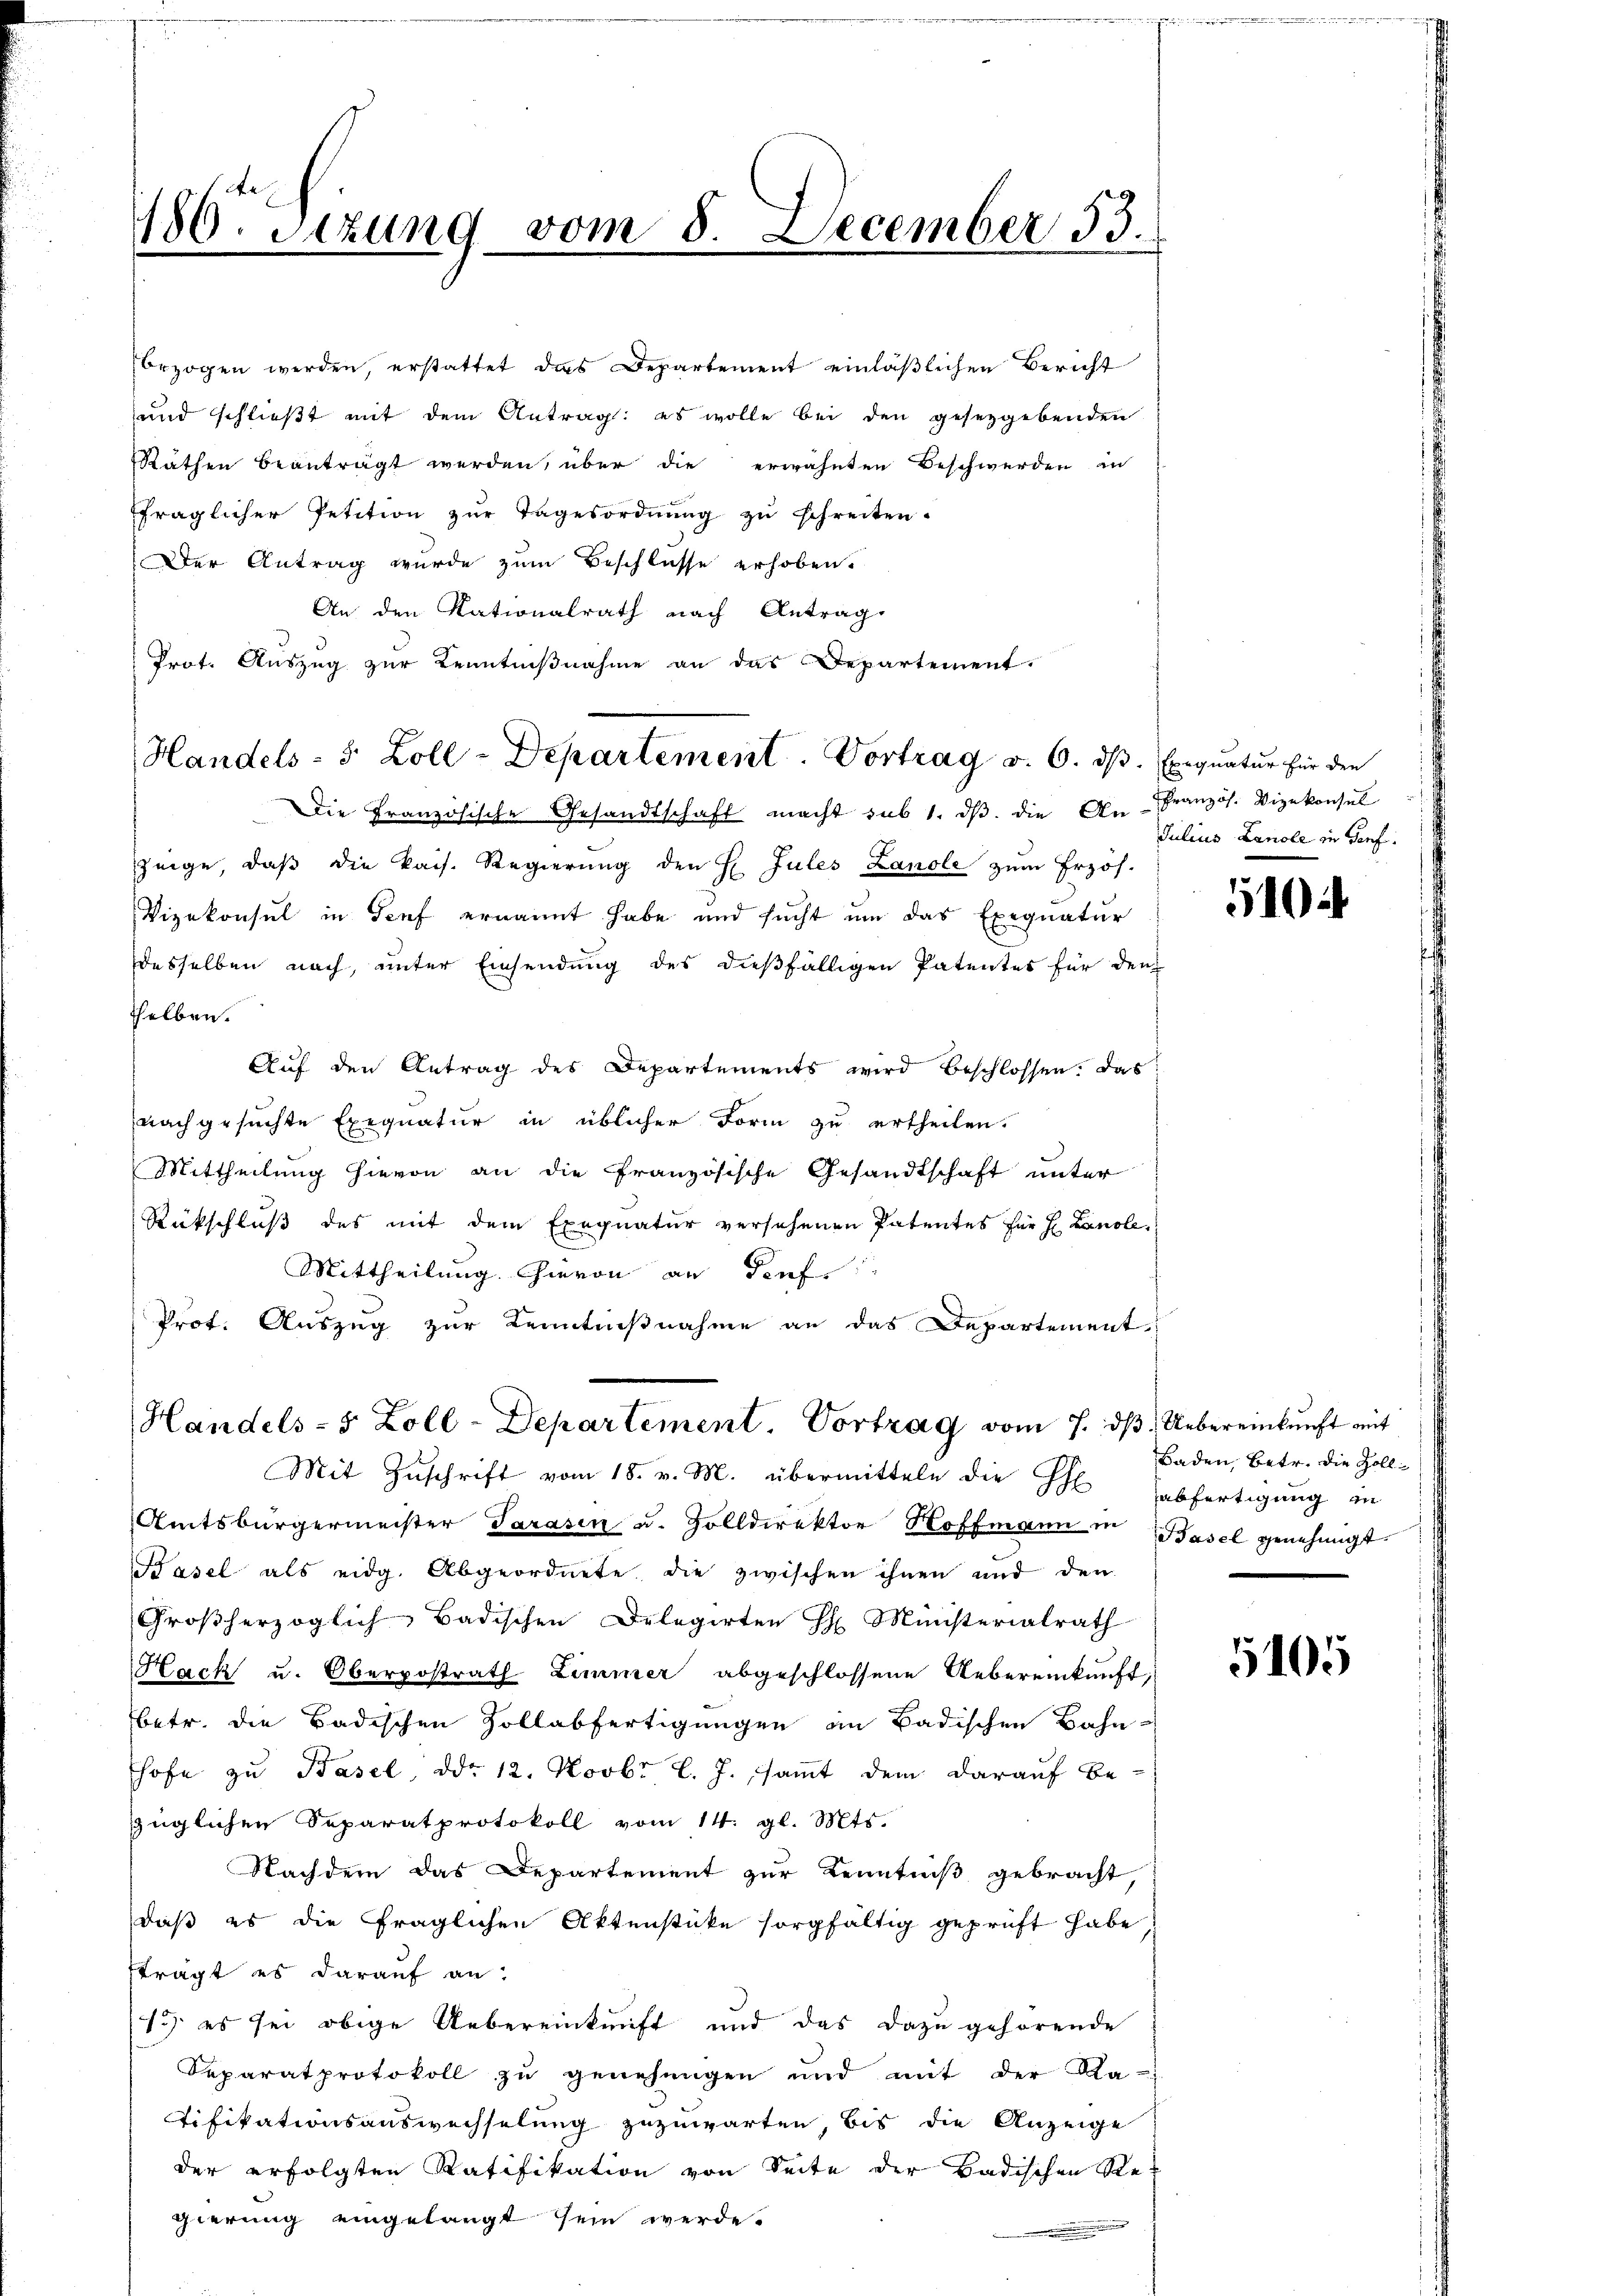
180. Setzung vom 8. December 53.

brzogen werden, erstattet das Departement einläßlichen Bericht
und schließt mit dem Antrag: es wolle bei den gesetzgebenden
Räthen beanträgt werden, über die erwähnten Beschwerden in
fraglicher Petition zŭr Tagesordnŭng zŭ schreiten.
Der Antrag wurde zum Beschlusse erhoben.
An den Nationalrath nach Antrag
Prot. Auszug zur Kenntnißnahme an das Departement.
Die Französische Gesandtschaft macht sub 1. dβ. die An-Französ. Vizekonsul
zeige, daβ die kais. Regierŭng den H. Jules Lanole zum Erzös.
Vizekonsul in Genf ernannt habe und sucht um das Exequatur
desselben nach, unter Einsendung des dießfälligen Patentes für den
helben.
Auf den Antrag des Departements wird beschlossen. Das
nachgesuchte Exequatur in üblicher Form zu ertheilen.
Mittheilung hievon an die französische Gesandtschaft unter
Rückschluß des mit dem Exequatur versehenen Patentes für H. Landle.
Mittheilung hievon an dief
Prot. Auszug zur Kenntnißnahme an das Departement
Handels- 5 Zoll-Departement. Vortrag vom 7. dβ. Uebereinkunft mit
Mit Zuschrift vom 18. v. M. übermitteln die Ehe abfertigung in
Amtsbürgermeister Sarasen u. Zolldirektor Hoffmann in Basel genehmigt
Basel als eidg. Abgeordnete die zwischen ihnen und den
Großherzoglich-Badischen Delegirten H. Ministerialrath
Hack u. Oberpostrath Zimmer abgeschlossene Uebereinkunft,
betr. die Badischen Zollabfertigungen an Badischen Bahn
shofe zu Basel, ddo 12. Novbr l. J. samt dem darauf Be-
züglichen Separatprotokoll vom 14. gl. Mts.
Nachdem das Departement zur Kenntniß gebracht,
daß es die fraglichen Aktenstücke sorgfältig geprüft habe,
ftragt es darauf an:
13) es sei obige Uebereinkunft und das dazu gehörende
Separatprotokoll zu genehmigen und mit der Na-
Tifikationsauswechselung zuzuwarten, bis die Anzeige
der erfolgten Ratifikation von Seite der Badischen Regierung eingelangt sein werde.

Handels- 5 Zoll-Departement. Vortrag v. 6. ds. Exequatur für den

Julius Lanole in Genf.

510

Baden, betr. die Zoll¬

5105